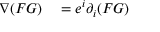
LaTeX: \begin{array} { r l } { \nabla ( F G ) } & { { } = e ^ { i } \partial _ { i } ( F G ) } \end{array}